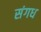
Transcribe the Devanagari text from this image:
संगध